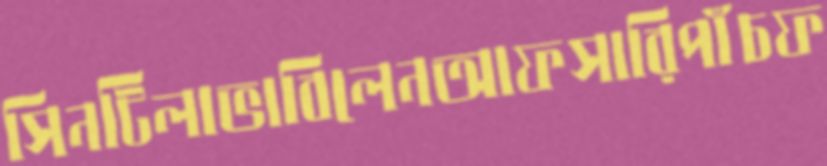
সিনটিলাভাবিলেনআফসারিপাঁচফ